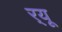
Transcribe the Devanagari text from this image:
र्‌यू